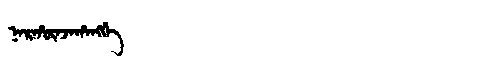
Manchu: ᠨᠠᡵᡥᡡᠨᠵᠠᡥᠠᠩᡤᡝ
Romanization: NARHŪNJAHANGGE